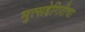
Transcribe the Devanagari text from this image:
मुत्सद्देगिरीचा